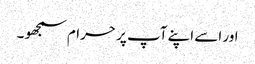
اور اسے اپنے آپ پر حرام سمجھو ۔